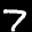
Label: 7